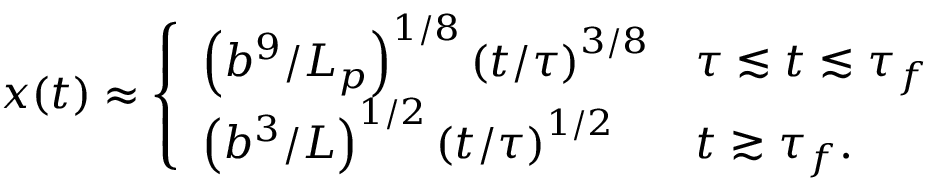
x ( t ) \approx \left\{ \begin{array} { l l } { \left( { b ^ { 9 } } / { L _ { p } } \right) ^ { 1 / 8 } \left( t / { \tau } \right) ^ { 3 / 8 } } & { \tau \lesssim t \lesssim \tau _ { f } } \\ { \left( { b ^ { 3 } } / L \right) ^ { 1 / 2 } \left( t / { \tau } \right) ^ { 1 / 2 } } & { t \gtrsim \tau _ { f } . } \end{array} \right.